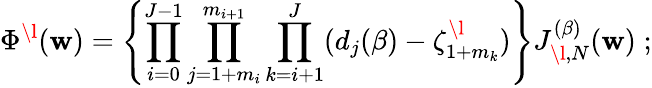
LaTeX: \Phi^{\l}(\mathbf{w})=\left\{ \prod_{i=0}^{J-1}\prod_{j=1+m_{i}}^{m_{i+1}}\prod_{k=i+1}^{J}(d_{j}(\beta)-\zeta_{1+m_{k}}^{\l})\right\} J_{\l,N}^{(\beta)}(\mathbf{w})\; ;